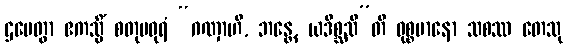
ဌပေတွာ ဧကသ္မိံ စတုမဓုရံ “ဂဏှာဟိ, ဘန္တေ, ယဒိစ္ဆသီ”တိ ဝုစ္စမာနော သစဿ တေသု